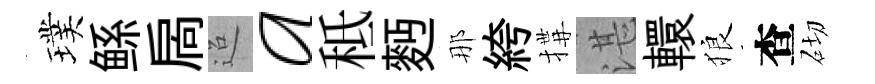
璞鲧扄迢a秪麪那絝搆湛轘狼查砌